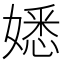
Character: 𡡁